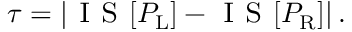
\tau = \left| \textsc { I S } [ P _ { \mathrm { L } } ] - \textsc { I S } [ P _ { \mathrm { R } } ] \right| .